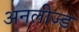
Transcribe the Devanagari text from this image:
अनलीज्ड